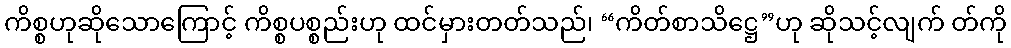
ကိစ္စဟုဆိုသောကြောင့် ကိစ္စပစ္စည်းဟု ထင်မှားတတ်သည်၊ “ကိတ်စာသိဋ္ဌေ”ဟု ဆိုသင့်လျက် တ်ကို